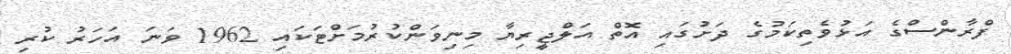
ފްރާންސްގެ އަޅުވެތިކަމުގެ ދަށުގައި އޮތް އަލްޖީރިޔާ މިނިވަންކުރުމަށްޓަކައި 1962 ވަނަ އަހަރު ކުރި